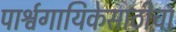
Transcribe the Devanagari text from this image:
पार्श्वगायिकेसाठीचा